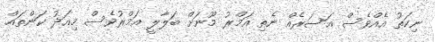
ނިކަތު އެއްވެސް އަސަރެއް ނެތި އަމްރު މޫނަށް ބަލާލީ އަމްރުވެސް މިއަދު ކަންތައް